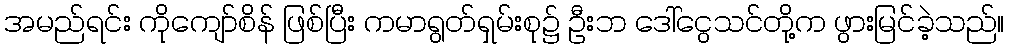
အမည်ရင်း ကိုကျော်စိန် ဖြစ်ပြီး ကမာရွတ်ရှမ်းစု၌ ဦးဘ ဒေါ်ငွေသင်တို့က ဖွားမြင်ခဲ့သည်။